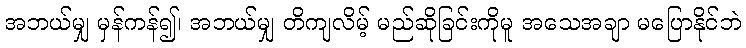
အဘယ်မျှ မှန်ကန်၍၊ အဘယ်မျှ တိကျလိမ့် မည်ဆိုခြင်းကိုမူ အသေအချာ မပြောနိုင်ဘဲ